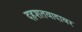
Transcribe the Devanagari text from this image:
दहशतवादावर